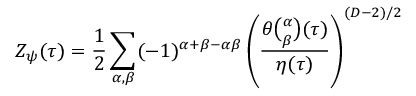
Z _ { \psi } ( \tau ) = { \frac { 1 } { 2 } } \sum _ { \alpha , \beta } ( - 1 ) ^ { \alpha + \beta - \alpha \beta } \left( { \frac { \theta { \binom { \alpha } { \beta } } ( \tau ) } { \eta ( \tau ) } } \right) ^ { ( D - 2 ) / 2 }